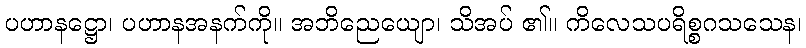
ပဟာနဋ္ဌော၊ ပဟာနအနက်ကို။ အဘိညေယျော၊ သိအပ် ၏။ ကိလေသပရိစ္စဂသသေန၊